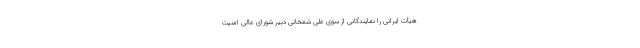
هیأت ایرانی را نمایندگانی از سوی علی شمخانی دبیر شورای عالی امنیت